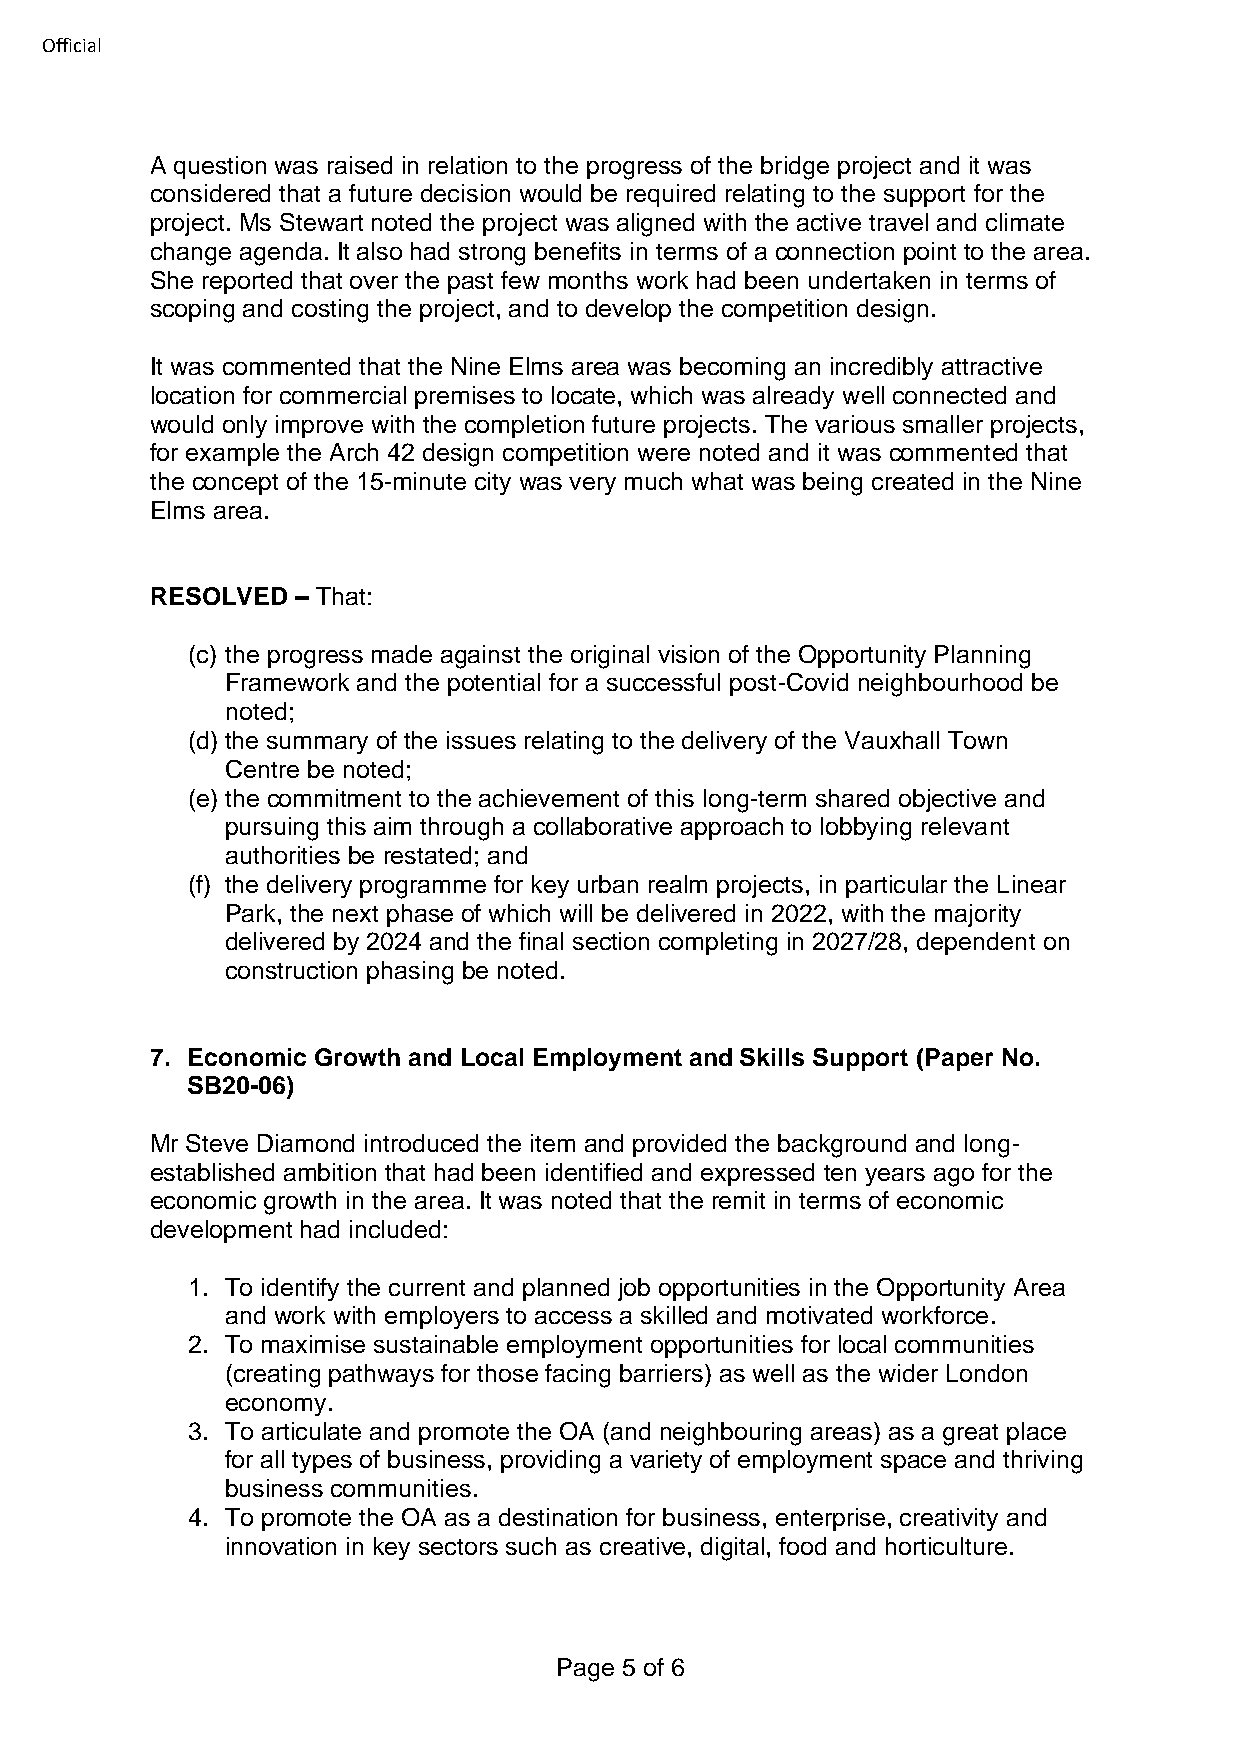
Official
 A question was raised in relation to the progress of the bridge project and it was
 considered that a future decision would be required relating to the support for the
 project. Ms Stewart noted the project was aligned with the active travel and climate
 change agenda. It also had strong benefits in terms of a connection point to the area.
 She reported that over the past few months work had been undertaken in terms of
 scoping and costing the project, and to develop the competition design.
 It was commented that the Nine Elms area was becoming an incredibly attractive
 location for commercial premises to locate, which was already well connected and
 would only improve with the completion future projects. The various smaller projects,
 for example the Arch 42 design competition were noted and it was commented that
 the concept of the 15-minute city was very much what was being created in the Nine
 Elms area.
 RESOLVED  – That:
 (c) the progress made against the original vision of the Opportunity Planning
 Framework and the potential for a successful post-Covid neighbourhood be
 noted;
 (d) the summary of the issues relating to the delivery of the Vauxhall Town
 Centre be noted;
 (e) the commitment to the achievement of this long-term shared objective and
 pursuing this aim through a collaborative approach to lobbying relevant
 authorities be restated; and
 (f) the delivery programme for key urban realm projects, in particular the Linear
 Park, the next phase of which will be delivered in 2022, with the majority
 delivered by 2024 and the final section completing in 2027/28, dependent on
 construction phasing be noted.
 7. Economic Growth and Local Employment and Skills Support (Paper No.
 SB20-06)
 Mr Steve Diamond introduced the item and provided the background and long-
 established ambition that had been identified and expressed ten years ago for the
 economic growth in the area. It was noted that the remit in terms of economic
 development had included:
 1. To identify the current and planned job opportunities in the Opportunity Area
 and work with employers to access a skilled and motivated workforce.
 2. To maximise sustainable employment opportunities for local communities
 (creating pathways for those facing barriers) as well as the wider London
 economy.
 3. To articulate and promote the OA (and neighbouring areas) as a great place
 for all types of business, providing a variety of employment space and thriving
 business communities.
 4. To promote the OA as a destination for business, enterprise, creativity and
 innovation in key sectors such as creative, digital, food and horticulture.
 Page 5 of 6